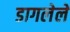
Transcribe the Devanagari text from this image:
डागलेले